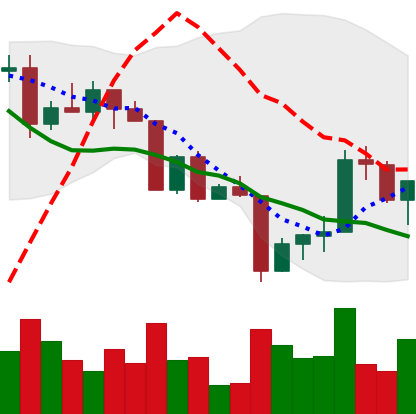
Ticker: XRP-USD
Chart end date: 2022-04-18
Forward return: -7.853%
Label: down_7plus